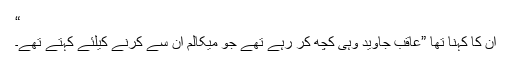
“
ان کا کہنا تھا ”عاقب جاوید وہی کچھ کر رہے تھے جو میکالم ان سے کرنے کیلئے کہتے تھے۔